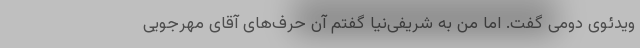
ویدئوی دومی گفت. اما من به شریفی‌نیا گفتم آن حرف‌های آقای مهرجویی